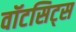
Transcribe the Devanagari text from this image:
वॉटसिट्स